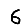
Digit: 6